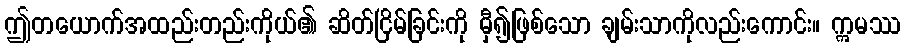
ဤတယောက်အထည်းတည်းကိုယ်၏ ဆိတ်ငြိမ်ခြင်းကို မှီ၍ဖြစ်သော ချမ်းသာကိုလည်းကောင်း။ ဣမဿ